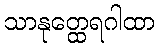
သာနုတ္ထေရဂါထာ